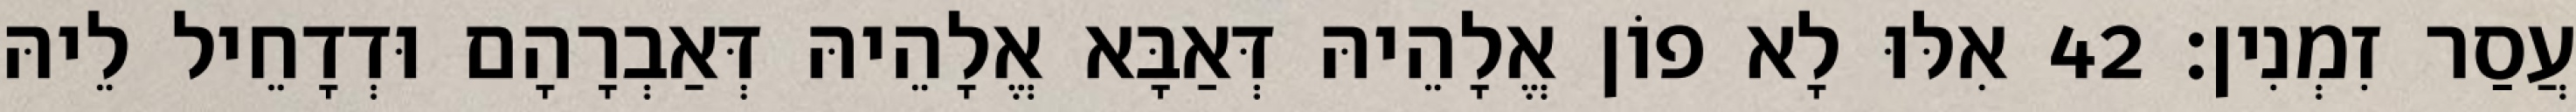
עֲסַר זִמְנִין׃ 42 אִלּוּ לָא פוֹן אֱלָהֵיהּ דְּאַבָּא אֱלָהֵיהּ דְּאַבְרָהָם וּדְדָחֵיל לֵיהּ